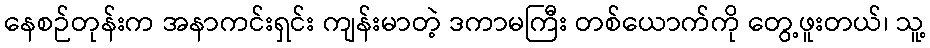
နေစဉ်တုန်းက အနာကင်းရှင်း ကျန်းမာတဲ့ ဒကာမကြီး တစ်ယောက်ကို တွေ့ဖူးတယ်၊ သူ့